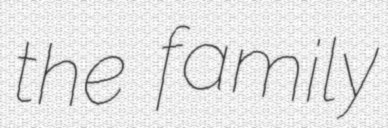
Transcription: the family